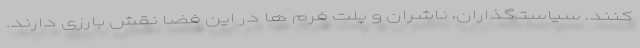
کنند. سیاستگذاران، ناشران و پلت فرم ها در این فضا نقش بارزی دارند.